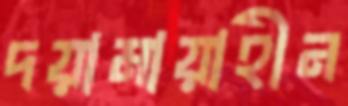
দয়ামায়াহীন